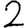
Digit: 2